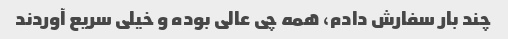
چند بار سفارش دادم، همه چی عالی بوده و خیلی سریع آوردند